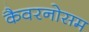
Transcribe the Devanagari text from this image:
कैवरनोसम